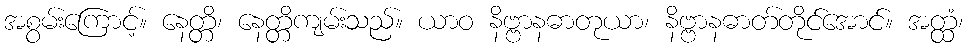
အစွမ်းကြောင့်။ နေတ္တိ၊ နေတ္တိကျမ်းသည်။ ယာဝ နိဗ္ဗာနဓာတုယာ၊ နိဗ္ဗာနဓာတ်တိုင်အောင်။ အတ္ထံ၊